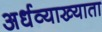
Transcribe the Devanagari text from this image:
अर्धव्याख्याता